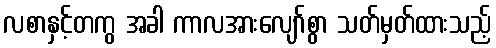
လစာနှင့်တကွ အခါ ကာလအားလျော်စွာ သတ်မှတ်ထားသည့်